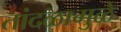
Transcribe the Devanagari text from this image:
तांदळामुळे